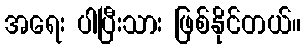
အရေး ပါပြီးသား ဖြစ်နိုင်တယ်။